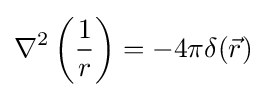
\nabla ^{2}\left({\frac {1}{r}}\right)=-4\pi \delta ({\vec {r}})